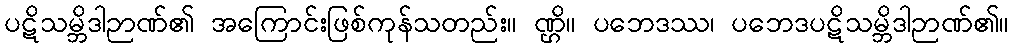
ပဋိသမ္ဘိဒါဉာဏ်၏ အကြောင်းဖြစ်ကုန်သတည်း။ ဏ္ဌိ။ ပဘေဒဿ၊ ပဘေဒပဋိသမ္ဘိဒါဉာဏ်၏။